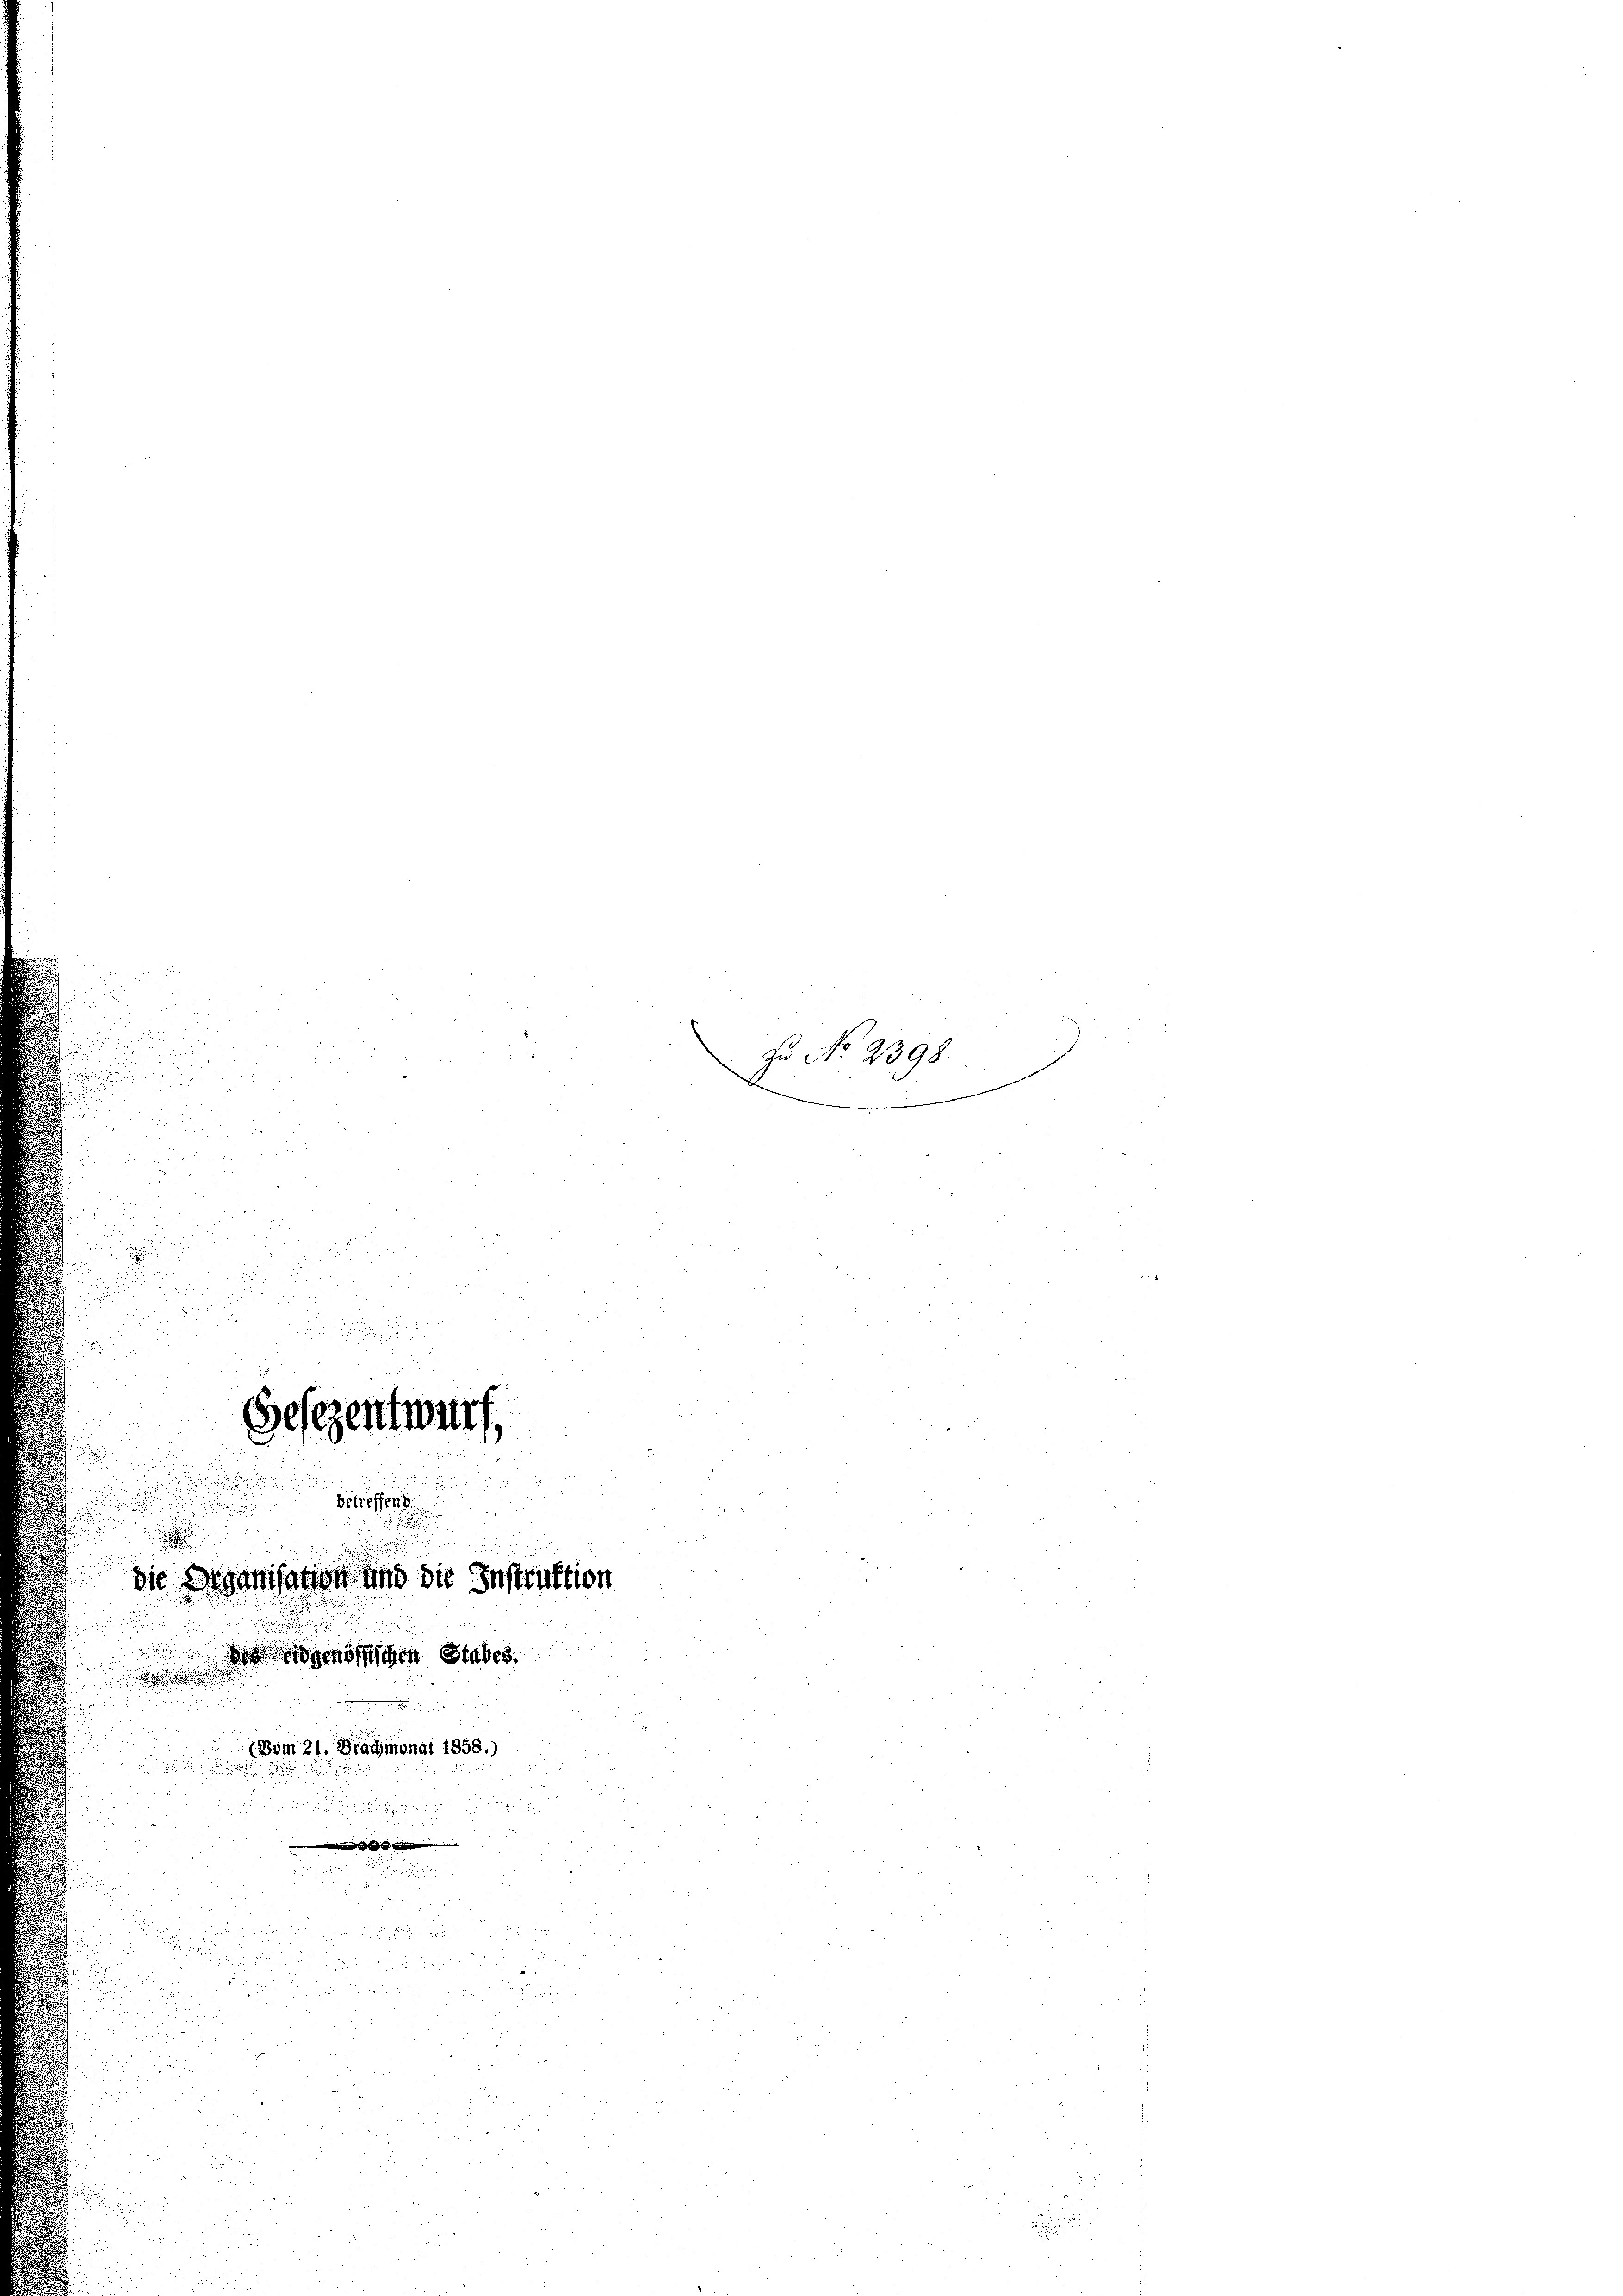
2

Gesezentwurf,

.
i
die Spanisation und die Instr
dgenössischen Stabes.

e
(Bom 21. Brachmonat 1858.)

betreffend

zu No 2398.
.